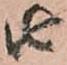
由